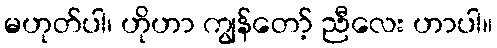
မဟုတ်ပါ၊ ဟိုဟာ ကျွန်တော့် ညီလေး ဟာပါ။